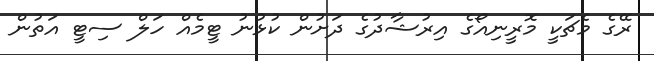
ރޭގެ މެޗަކީ މޮރީނިއޯގެ އިރުޝާދުގެ ދަށުން ކުޅުނު ޓީމެއް ހަލް ސިޓީ އަތުން